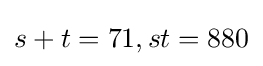
s+t=71,st=880